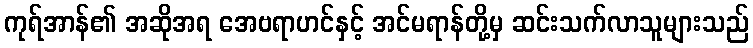
ကုရ်အာန်၏ အဆိုအရ အေဗရာဟင်နှင့် အင်မရာန်တို့မှ ဆင်းသက်လာသူများသည်